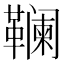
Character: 𱁽